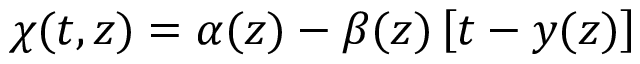
\chi ( t , z ) = \alpha ( z ) - \beta ( z ) \left[ t - y ( z ) \right]